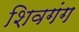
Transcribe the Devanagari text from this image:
शिवगंग